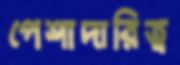
পেশাদারিত্ব